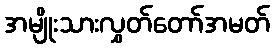
အမျိုးသားလွှတ်တော်အမတ်